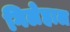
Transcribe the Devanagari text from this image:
गिलेहाल